Lunatic asylums Bombay report 1878-1890 - 1878-1890
Year: 1878
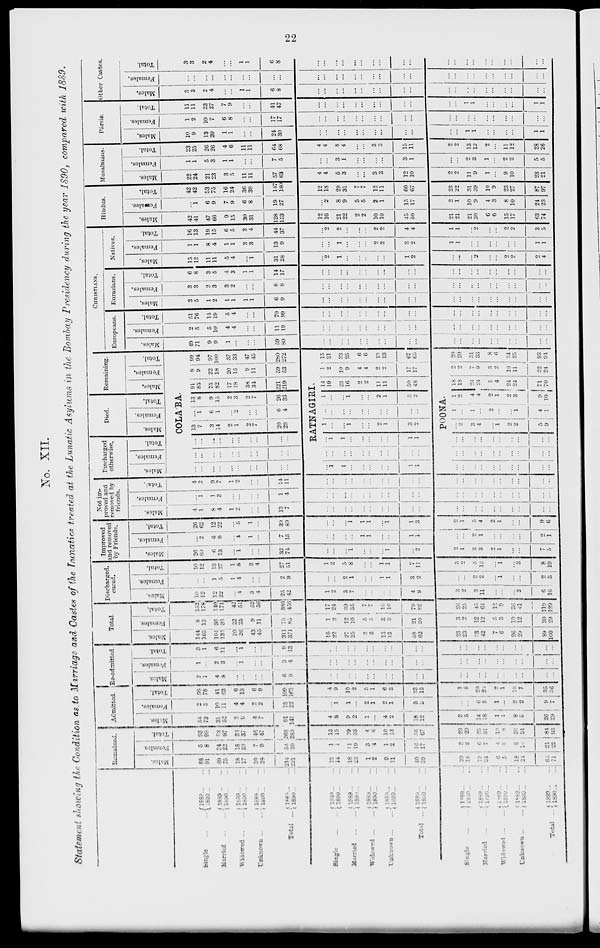
22
No. XII.
Statement showing the Condition as to Marriage and Castes of the Lunatics treated at the Lunatic Asylums in the Bombay Presidency during the year 1890, compared with 1889.
Single
...
...
Married
...
...
Widowed
...
...
Unknown
...
...
Total
...
Single
...
...
Married
...
...
Widowed
...
...
Unknown
...
...
Total
...
Single
...
...
Married
...
...
Widowed
...
...
Unknown
...
...
Total ...
1889 ... ...
1890
...
...
1889 ... ...
1890 ... ...
1889
...
...
1890 ... ...
1889 ... ...
1890 ... ...
1889
...
...
1890
...
...
1889 ... ...
1890 ... ...
1889 ... ...
1890 ... ...
1889
...
...
1890 ... ...
1889 ... ...
1890 ... ...
1889 ... ...
1890 ... ...
1889 ... ...
1890 ... ...
1889 ... ...
1890 ... ...
1889 ... ...
1890 ... ...
1889 ... ...
1890
...
...
1889 ... ...
1890 ... ...
Remained.
Males.
88
91
69
75
18
17
39
38
214
221
12
14
18
23
1
2
9
11
40
50
20
18
19
24
6
5
18
24
63
71
Females.
5
8
24
22
18
20
7
9
54
59
1
1
11
10
3
4
1
2
16
17
3 2
6
4
4
3
8
10
21
22
Total.
93
99
93
97
36
37
46
47
268
280
13
15
29
33
4
6
10
13
56
67
23
20
25
31
10
8
26
34
84
93
Admitted.
Males.
54
73
31
52
2
9
4
7
91
141
4
8
9
2
1
...
4
2
18
12
3
5
14
18
1
1
8
5
26
29
Females.
2
5
10
11
4
4
2
2
18
22
...
1
1
...
2
1
2
1
5
3
...
...
6
5
1
...
2
2
9
7
Total.
56
78
41
63
6
13
6
9
109
163
4
9
10
2
3
1
6
3
23
15
3
5
20
23
2
1
10
7
35
36
Re-admitted.
Males.
2
1
4
8
...
...
...
...
6
9
...
...
...
...
...
...
...
...
...
...
...
...
...
...
...
...
...
...
...
..
Females.
1
...
2
3
...
1
...
...
3
4
...
...
...
...
...
...
...
...
...
...
...
...
...
...
...
...
...
...
...
...
Total.
3
1
6
11
...
1
...
...
9
13
...
...
...
...
...
...
...
...
...
...
...
...
...
...
...
...
...
...
...
...
Total.
Males.
144
165
104
135
20
26
43
43
311
371
16
22
27
25
2
2
13
13
58
62
23
23
33
42
7
6
26
29
89
100
Females.
8
13
36
35
22
25
9
11
75
85
1
2
12
10
5
5
3
3
21
20
3
2
12
12
5
3
10
12
30
29
Total.
152
178
140
171
42
51
52
56
386
456
17
24
39
35
7
7
16
16
79
82
26
25
45
64
12
9
36
41
119
129
Discharged.
cured.
Males.
10
12
12
22
...
4
3
4
25
42
1 2
3
7
...
...
...
...
4
9
3
2
3
11
...
...
...
3
6
16
Females.
...
...
1
5
1
4
...
...
2
9
...
...
2
1
...
...
1
1
3
2
...
...
2
2
...
1
...
...
2
3
Total.
10
12
13
27
1
8
3
4
27
51
1
2
5
8
...
...
1
1
7
11
3
2
5
13
...
1
...
3
8
19
Improved
and removed
by Friends.
Males.
26
60
6
13
...
1
...
...
32
74
...
...
...
1
...
...
...
1
...
2
2
1
3
3
2
1
...
...
7
5
Females.
...
2
6
9
...
4
1
...
7
15
...
...
...
...
1
1
...
...
1
1
...
...
2
1
...
...
...
...
2
1
Total.
26
62
12
22
...
5
1
...
39
89
...
...
...
1
1
1
...
1
1
3
2
1
5
4
2
1
...
...
9
6
Not im-
proved and
removed by
friends.
Males.
4
1
8
4
1
2
...
...
13
7
...
...
...
...
...
...
...
...
...
...
...
...
...
...
...
...
...
...
...
...
Females.
...
1
1
3
...
...
...
...
1
4
...
...
...
...
...
...
...
...
...
...
...
...
...
...
...
...
...
...
...
...
Total.
4
2
9
7
1
2
...
...
14
11
...
...
...
...
...
...
...
...
...
...
...
...
...
...
...
...
...
...
...
...
Discharged
otherwise.
Males.
...
...
...
...
...
...
...
...
...
...
Females.
...
...
...
...
...
...
...
...
...
...
Total.
...
...
...
...
...
...
...
...
...
...
Died.
Males.
Females.
Total.
COLÁBA
13
7
3
14
2
1
2
7
20
29
...
1
6
1
...
2
...
...
6
4
13
8
9
15
2
3
2
7
26
33
Remaining.
Males.
91
85
75
82
17
18
38
34
221
219
Females.
8
9
22
18
20
15
9
11
59
53
Total.
99
94
97
100
37
33
47
45
280
272
RATNAGIRI.
...
1
1
...
...
...
...
...
1
1
...
...
...
...
...
...
...
...
...
...
...
1
1
...
...
...
...
...
1
1
1
...
...
1
...
...
2
1
3
2
...
...
...
...
...
...
...
...
...
...
1
...
...
1
...
...
2
1
3
1
14
19
23
16
2
2
11
11
50
48
1
2
10
9
4
4
2
2
17
17
15
21
33
25
6
6
13
13
67
65
POONA.
...
...
...
...
...
...
...
...
...
...
...
...
...
...
...
...
... ...
...
...
...
...
...
...
...
...
...
...
...
...
...
2
3
4
...
1
2
2
5
9
1
...
1
...
2
...
...
1
4
1
1
2
4
4
2
1
2
3
9
10
18
18
24
24
5
4
24
24
71
70
2
2
7
9
3
2
10
11
22
24
20
20
31
33
8
6
34
35
93
94
CHRISTIANS.
Europeans.
Males.
49
71
9
9
1
...
...
...
59
80
...
...
...
...
...
...
...
...
...
...
...
...
...
...
...
...
...
...
...
...
Females.
2
5
5
10
4
4
...
...
11
19
...
...
...
...
...
...
...
...
...
...
...
...
...
...
...
...
...
...
...
...
Total.
51
76
14
19
5
4
...
...
70
99
...
...
...
...
...
...
...
...
...
...
...
...
...
...
...
...
...
...
...
...
Eurasians.
Males.
3
5
1
2
1
1
1
1
6
9
...
...
...
...
...
...
...
...
...
...
...
...
...
...
...
...
...
...
...
...
Females.
3
3
2
3
3
2
...
...
8
8
...
...
...
...
...
...
...
...
...
...
...
...
...
...
...
...
...
...
...
.....
Total.
6
8
3
5
4
3
1
1
14
17
...
...
...
...
...
...
...
...
...
...
...
...
...
...
...
...
...
...
...
...
Natives.
Males.
15
12
11
11
5
4
...
1
31
28
...
2
1
...
...
..
...
...
1
2
...
...
...
2
...
...
2
2
2
4
Females.
1
1
8
4
1
1
3
3
13
9
...
...
1
...
...
...
2
2
3
2
1
1
...
...
...
...
...
...
1
1
Total.
16
13
19
15
6
5
3
4
44
37
...
2
2
...
...
...
2
2
4
4
1
1
2
...
0
2
3
5
Hindus.
Males.
42
41
47
66
9
15
30
31
128
153
12
16
21
22
2
2
10
10
45
50
21
21
21
30
6
6
15
17
63
74
Females.
...
1
6
9
7
9
6
8
19
27
...
2
8
9
5
5
2
1
15
17
2
1
10
9
4
3
8
10
24
23
Total.
42
42
53
75
16
24
36
39
147
180
12
18
29
31
7
7
12
11
60
67
23
22
31
39
10
9
23
27
87
97
Musalmáns.
Males.
22
24
21
23
3
5
11
11
57
63
4 4
5
3
...
...
3
3
12
10
2
2
11
9
1
...
9
10
23
21
Females.
1
1
5
3
1
1
...
...
7
5
...
...
3
1
...
...
...
...
3
1
...
...
2
3
1
...
2
2
5
5
Total.
23
25
26
26
4
6
11
11
64
68
4
4
8
4
...
...
3
3
15
11
2
2
13
12
2
...
11
12
28
26
Pársis.
Males.
10
9
13
20
1
1
...
...
24
30
...
...
...
...
...
...
...
...
...
...
...
...
1
1
...
...
...
...
1
1
Females.
1
2
10
7
6
8
...
...
17
17
...
...
...
...
...
...
...
...
...
...
...
...
...
...
...
...
...
...
...
...
Total.
11
11
23
27
7
9
...
...
41
47
...
...
...
...
...
...
...
...
...
...
...
...
1
1
...
...
...
...
1
1
Other Castes.
Males.
3
3
2
4
...
...
1
1
6
8
...
...
...
...
...
...
...
...
...
...
...
...
...
...
...
...
...
...
...
...
Females.
...
...
...
...
...
...
...
...
...
...
...
...
...
...
...
...
...
...
...
...
...
...
...
...
...
...
...
...
...
...
Total.
3
3
2
4
...
...
1
1
6
8
...
...
...
...
...
...
...
...
...
...
...
...
...
...
...
...
...
...
...
...